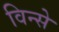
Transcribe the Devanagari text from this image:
विन्से